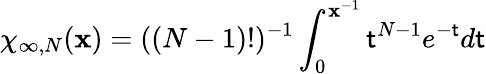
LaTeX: \chi_{\infty,N}(\mathbf{x})=((N-1)!)^{-1}\int_{0}^{\mathbf{x}^{-1}}\mathsf{t}^{N-1}e^{-\mathsf{t}}d\mathsf{t}